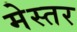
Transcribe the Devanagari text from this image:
मेस्तर